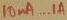
Text: 10µA...1A